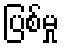
ပြစ်မှု